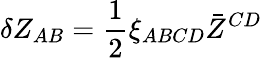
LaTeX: \delta Z_{AB}=\frac{1}{2}\xi_{ABCD}\bar{Z}^{CD}